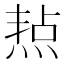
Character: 𤋒